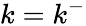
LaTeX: k=k^{-}